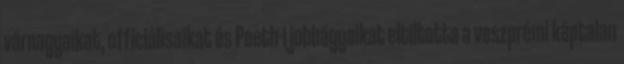
várnagyaikat, officiálisaikat és Peeth-i jobbágyaikat eltiltotta a veszprémi káptalan